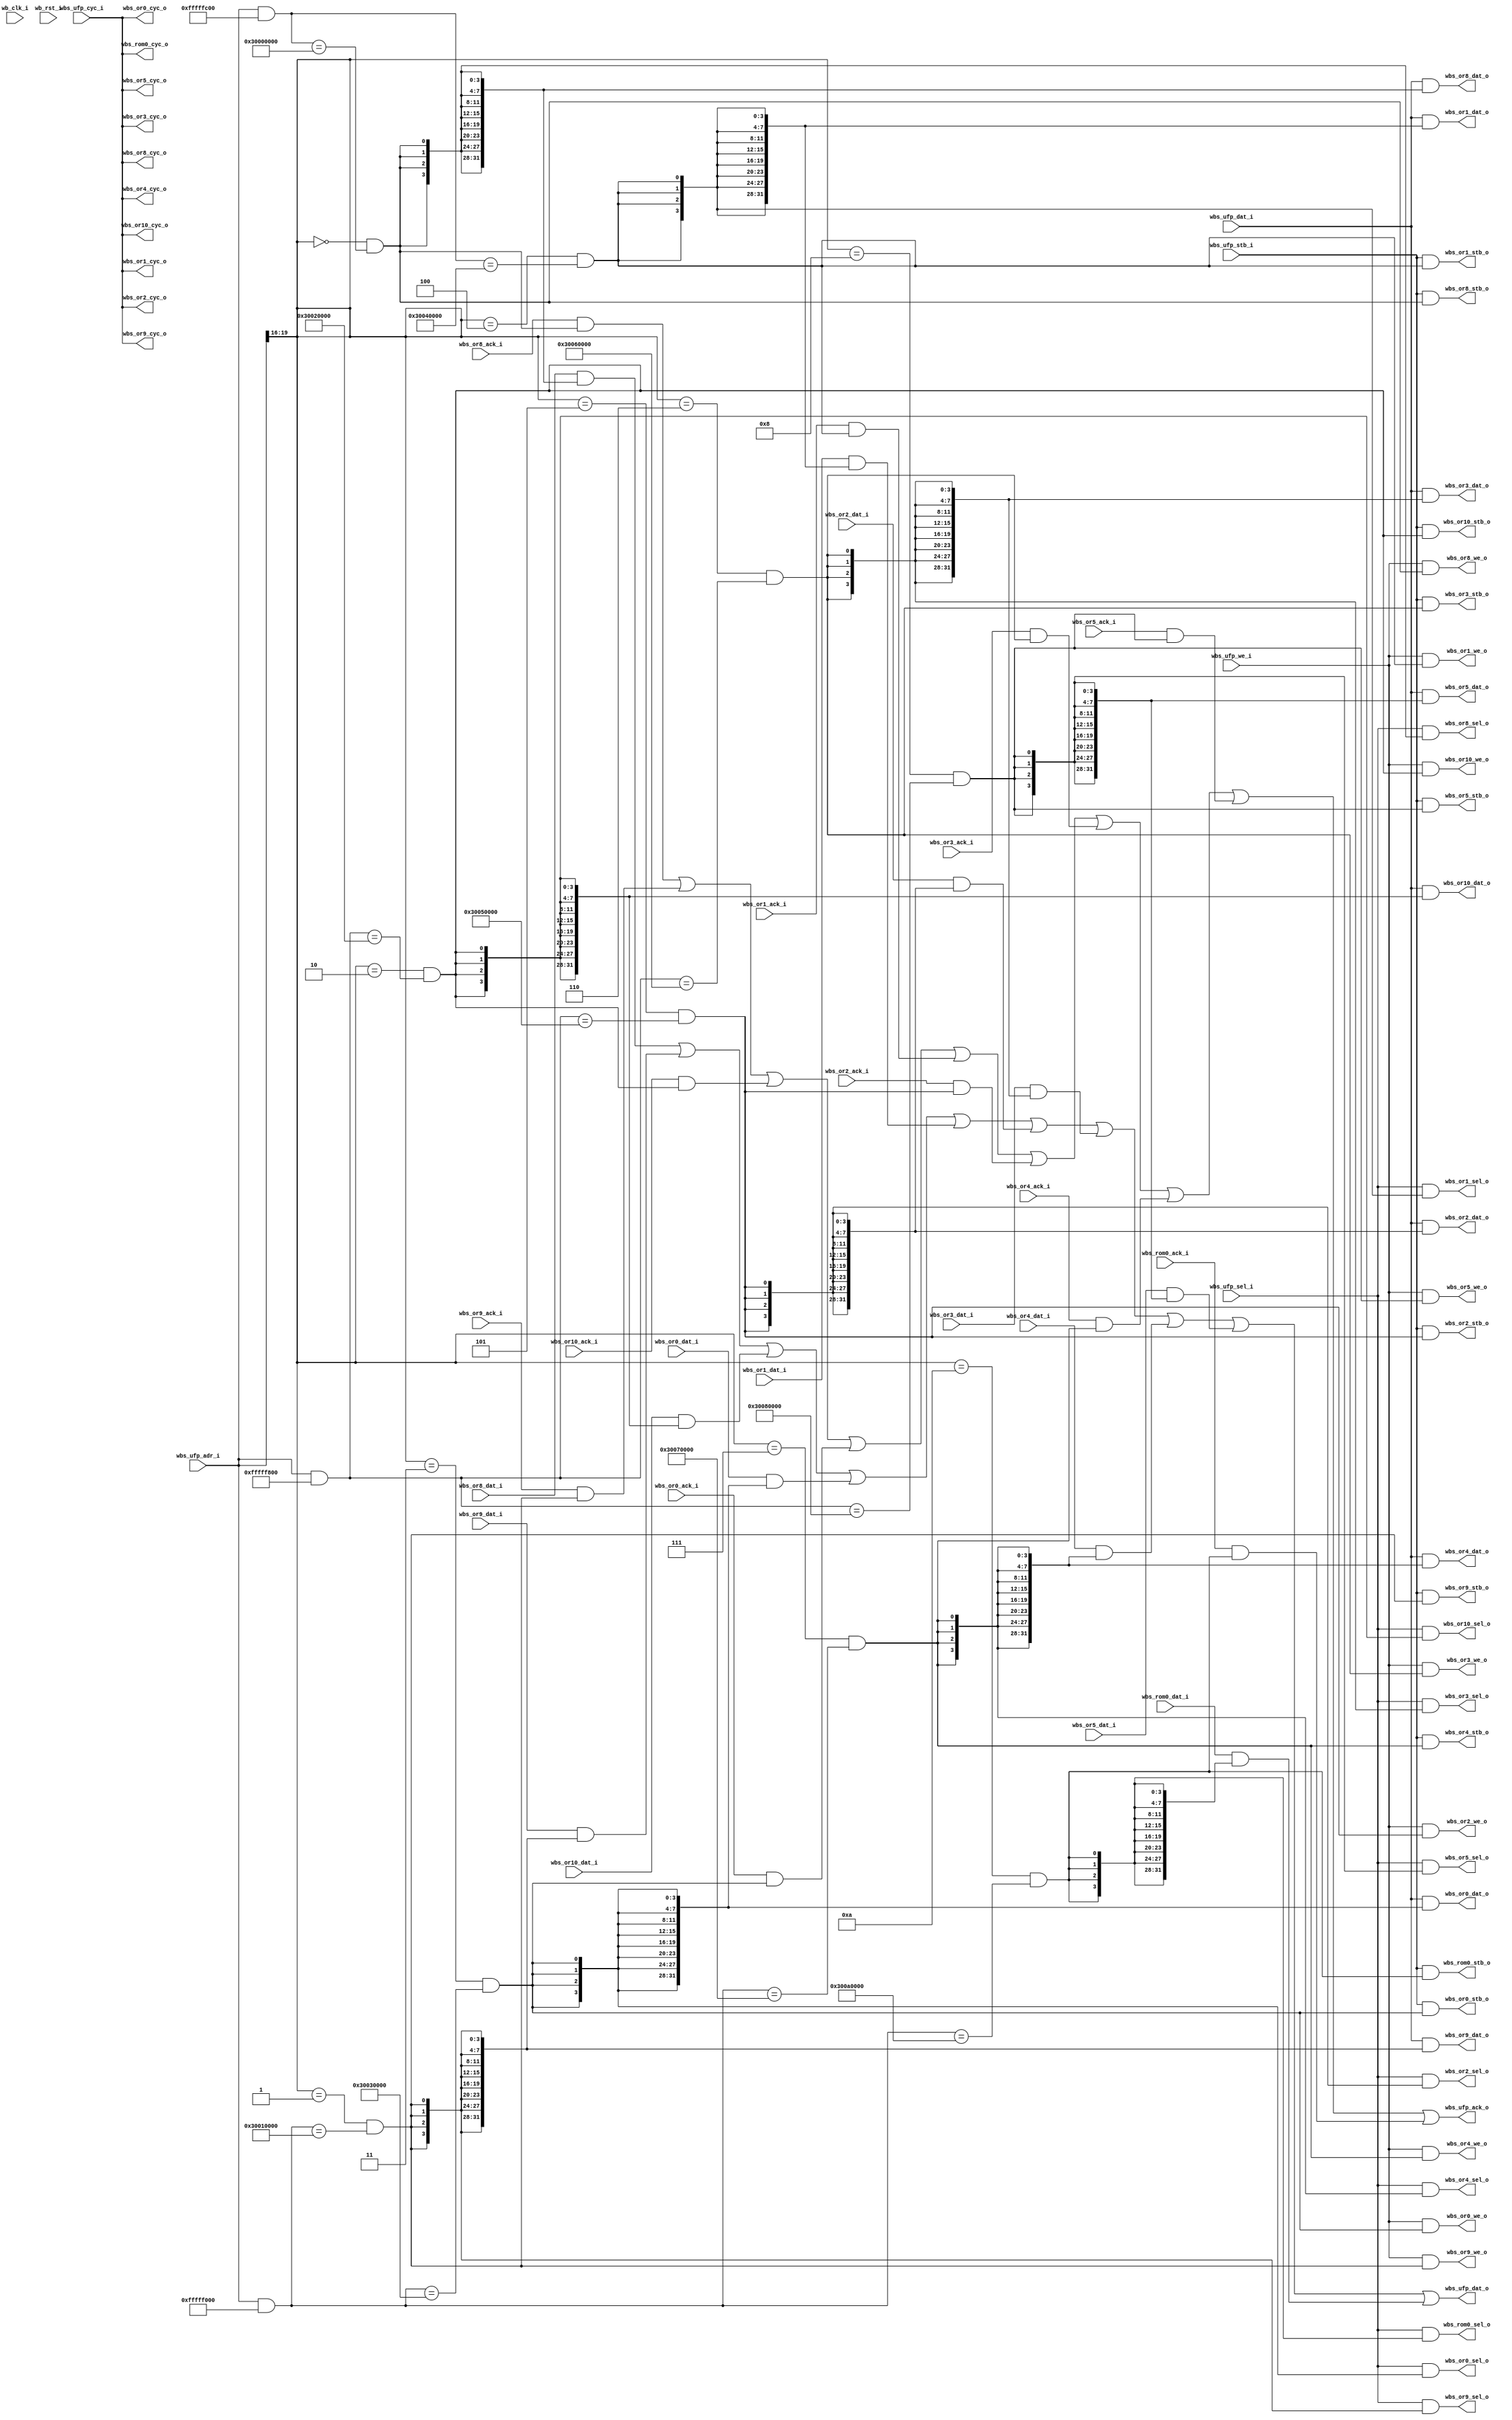
`default_nettype none

module wishbone_ram_mux
(
`ifdef USE_POWER_PINS
    inout vccd1,	// User area 1 1.8V supply
    inout vssd1,	// User area 1 digital ground
`endif

    // Wishbone UFP (Upward Facing Port)
    input           wb_clk_i,
    input           wb_rst_i,
    input           wbs_ufp_stb_i,
    input           wbs_ufp_cyc_i,
    input           wbs_ufp_we_i,
    input   [3:0]   wbs_ufp_sel_i,
    input   [31:0]  wbs_ufp_dat_i,
    input   [31:0]  wbs_ufp_adr_i,
    output          wbs_ufp_ack_o,
    output  [31:0]  wbs_ufp_dat_o,


    // Wishbone OR (Downward Facing Port) - SRAM8
    output          wbs_or8_stb_o,
    output          wbs_or8_cyc_o,
    output          wbs_or8_we_o,
    output  [3:0]   wbs_or8_sel_o,
    input   [31:0]  wbs_or8_dat_i,
    input           wbs_or8_ack_i,
    output  [31:0]  wbs_or8_dat_o,


    // Wishbone OR (Downward Facing Port) - SRAM9
    output          wbs_or9_stb_o,
    output          wbs_or9_cyc_o,
    output          wbs_or9_we_o,
    output  [3:0]   wbs_or9_sel_o,
    input   [31:0]  wbs_or9_dat_i,
    input           wbs_or9_ack_i,
    output  [31:0]  wbs_or9_dat_o,


    // Wishbone OR (Downward Facing Port) - SRAM10
    output          wbs_or10_stb_o,
    output          wbs_or10_cyc_o,
    output          wbs_or10_we_o,
    output  [3:0]   wbs_or10_sel_o,
    input   [31:0]  wbs_or10_dat_i,
    input           wbs_or10_ack_i,
    output  [31:0]  wbs_or10_dat_o,


    // Wishbone OR (Downward Facing Port) - SRAM0
    output          wbs_or0_stb_o,
    output          wbs_or0_cyc_o,
    output          wbs_or0_we_o,
    output  [3:0]   wbs_or0_sel_o,
    input   [31:0]  wbs_or0_dat_i,
    input           wbs_or0_ack_i,
    output  [31:0]  wbs_or0_dat_o,


    // Wishbone OR (Downward Facing Port) - SRAM1
    output          wbs_or1_stb_o,
    output          wbs_or1_cyc_o,
    output          wbs_or1_we_o,
    output  [3:0]   wbs_or1_sel_o,
    input   [31:0]  wbs_or1_dat_i,
    input           wbs_or1_ack_i,
    output  [31:0]  wbs_or1_dat_o,

    // Wishbone OR (Downward Facing Port) - SRAM2
    output          wbs_or2_stb_o,
    output          wbs_or2_cyc_o,
    output          wbs_or2_we_o,
    output  [3:0]   wbs_or2_sel_o,
    input   [31:0]  wbs_or2_dat_i,
    input           wbs_or2_ack_i,
    output  [31:0]  wbs_or2_dat_o,
	
    // Wishbone OR (Downward Facing Port) - SRAM3
    output          wbs_or3_stb_o,
    output          wbs_or3_cyc_o,
    output          wbs_or3_we_o,
    output  [3:0]   wbs_or3_sel_o,
    input   [31:0]  wbs_or3_dat_i,
    input           wbs_or3_ack_i,
    output  [31:0]  wbs_or3_dat_o,
	
    // Wishbone OR (Downward Facing Port) - SRAM4
    output          wbs_or4_stb_o,
    output          wbs_or4_cyc_o,
    output          wbs_or4_we_o,
    output  [3:0]   wbs_or4_sel_o,
    input   [31:0]  wbs_or4_dat_i,
    input           wbs_or4_ack_i,
    output  [31:0]  wbs_or4_dat_o,
	
    // Wishbone OR (Downward Facing Port) - SRAM5
    output          wbs_or5_stb_o,
    output          wbs_or5_cyc_o,
    output          wbs_or5_we_o,
    output  [3:0]   wbs_or5_sel_o,
    input   [31:0]  wbs_or5_dat_i,
    input           wbs_or5_ack_i,
    output  [31:0]  wbs_or5_dat_o,
	
    // Wishbone OR (Downward Facing Port) - SRAM6
    /* output          wbs_or6_stb_o, */
    /* output          wbs_or6_cyc_o, */
    /* output          wbs_or6_we_o, */
    /* output  [3:0]   wbs_or6_sel_o, */
    /* input   [31:0]  wbs_or6_dat_i, */
    /* input           wbs_or6_ack_i, */
    /* output  [31:0]  wbs_or6_dat_o, */
    
    // Wishbone OR (Downward Facing Port) - ROM0 
    output          wbs_rom0_stb_o,
    output          wbs_rom0_cyc_o,
    output  [3:0]   wbs_rom0_sel_o,
    input   [31:0]  wbs_rom0_dat_i,
    input           wbs_rom0_ack_i
);

parameter SRAM8_BASE_ADDR = 32'h3000_0000;
parameter SRAM8_MASK = 32'hffff_fc00;

parameter SRAM9_BASE_ADDR = 32'h3001_0000;
parameter SRAM9_MASK = 32'hffff_f000;

parameter SRAM10_BASE_ADDR = 32'h3002_0000;
parameter SRAM10_MASK = 32'hffff_f800;

parameter SRAM0_BASE_ADDR = 32'h3003_0000;
parameter SRAM0_MASK = 32'hffff_f000;		

parameter SRAM1_BASE_ADDR = 32'h3004_0000;
parameter SRAM1_MASK = 32'hffff_fc00;

parameter SRAM2_BASE_ADDR = 32'h3005_0000;
parameter SRAM2_MASK = 32'hffff_f800;

parameter SRAM3_BASE_ADDR = 32'h3006_0000;
parameter SRAM3_MASK = 32'hffff_f800;

parameter SRAM4_BASE_ADDR = 32'h3007_0000;
parameter SRAM4_MASK = 32'hffff_f000;

parameter SRAM5_BASE_ADDR = 32'h3008_0000;
parameter SRAM5_MASK = 32'hffff_f800;

parameter SRAM6_BASE_ADDR = 32'h3009_0000;
parameter SRAM6_MASK = 32'hffff_f000;

parameter ROM0_BASE_ADDR = 32'h300a_0000;
parameter ROM0_MASK = 32'hffff_f000;

parameter SRAM8_INDEX = 4'b0000;
parameter SRAM9_INDEX = 4'b0001;
parameter SRAM10_INDEX = 4'b0010;
parameter SRAM0_INDEX = 4'b0011;
parameter SRAM1_INDEX = 4'b0100;
parameter SRAM2_INDEX = 4'b0101;
parameter SRAM3_INDEX = 4'b0110;
parameter SRAM4_INDEX = 4'b0111;
parameter SRAM5_INDEX = 4'b1000;
parameter SRAM6_INDEX = 4'b1001;
parameter ROM0_INDEX = 4'b1010;

wire sram8_addr;
wire sram8_index;
wire sram8_select;

wire sram9_addr;
wire sram9_index;
wire sram9_select;

wire sram10_addr;
wire sram10_index;
wire sram10_select;

wire sram0_addr;
wire sram0_index;
wire sram0_select;

wire sram1_addr;
wire sram1_index;
wire sram1_select;

wire sram2_addr;
wire sram2_index;
wire sram2_select;

wire sram3_addr;
wire sram3_index;
wire sram3_select;

wire sram4_addr;
wire sram4_index;
wire sram4_select;

wire sram5_addr;
wire sram5_index;
wire sram5_select;

wire sram6_addr;
wire sram6_index;
wire sram6_select;

wire rom0_addr;
wire rom0_index;
wire rom0_select;

wire [3:0] sram_index_bits;
assign sram_index_bits = wbs_ufp_adr_i[19:16];

// assign sram8_select = (((wbs_ufp_adr_i & SRAM8_MASK) == SRAM8_BASE_ADDR) && sram_index_bits == 4'b0000);
assign sram8_addr = (wbs_ufp_adr_i & SRAM8_MASK) == SRAM8_BASE_ADDR;
assign sram8_index = sram_index_bits == SRAM8_INDEX;
assign sram8_select = sram8_index & sram8_addr;

//assign sram9_select = (((wbs_ufp_adr_i & SRAM9_MASK) == SRAM9_BASE_ADDR) && sram_index_bits == 4'b0001) ;
assign sram9_addr = (wbs_ufp_adr_i & SRAM9_MASK) == SRAM9_BASE_ADDR;
assign sram9_index = sram_index_bits == SRAM9_INDEX;
assign sram9_select = sram9_index & sram9_addr;

//assign sram10_select = (((wbs_ufp_adr_i & SRAM10_MASK) == SRAM10_BASE_ADDR) && sram_index_bits == 4'b0010);
assign sram10_addr = (wbs_ufp_adr_i & SRAM10_MASK) == SRAM10_BASE_ADDR;
assign sram10_index = sram_index_bits == SRAM10_INDEX;
assign sram10_select = sram10_index & sram10_addr;

//assign sram0_select = (((wbs_ufp_adr_i & SRAM0_MASK) == SRAM0_BASE_ADDR) && sram_index_bits == 4'b0011);
assign sram0_addr = (wbs_ufp_adr_i & SRAM0_MASK) == SRAM0_BASE_ADDR;
assign sram0_index = sram_index_bits == SRAM0_INDEX;
assign sram0_select = sram0_index & sram0_addr;

//assign sram1_select = (((wbs_ufp_adr_i & SRAM1_MASK) == SRAM1_BASE_ADDR) && sram_index_bits == 4'b0100);
assign sram1_addr = (wbs_ufp_adr_i & SRAM1_MASK) == SRAM1_BASE_ADDR;
assign sram1_index = sram_index_bits == SRAM1_INDEX;
assign sram1_select = sram1_index & sram1_addr;

//assign sram2_select = (((wbs_ufp_adr_i & SRAM2_MASK) == SRAM2_BASE_ADDR) && sram_index_bits == 4'b0101);
assign sram2_addr = (wbs_ufp_adr_i & SRAM2_MASK) == SRAM2_BASE_ADDR;
assign sram2_index = sram_index_bits == SRAM2_INDEX;
assign sram2_select = sram2_index & sram2_addr;

//assign sram3_select = (((wbs_ufp_adr_i & SRAM3_MASK) == SRAM3_BASE_ADDR) && sram_index_bits == 4'b0110);
assign sram3_addr = (wbs_ufp_adr_i & SRAM3_MASK) == SRAM3_BASE_ADDR;
assign sram3_index = sram_index_bits == SRAM3_INDEX;
assign sram3_select = sram3_index & sram3_addr;

//assign sram4_select = (((wbs_ufp_adr_i & SRAM4_MASK) == SRAM4_BASE_ADDR) && sram_index_bits == 4'b0111);
assign sram4_addr = (wbs_ufp_adr_i & SRAM4_MASK) == SRAM4_BASE_ADDR;
assign sram4_index = sram_index_bits == SRAM4_INDEX;
assign sram4_select = sram4_index & sram4_addr;

//assign sram5_select = (((wbs_ufp_adr_i & SRAM5_MASK) == SRAM5_BASE_ADDR) && sram_index_bits == 4'b1000);
assign sram5_addr = (wbs_ufp_adr_i & SRAM5_MASK) == SRAM5_BASE_ADDR;
assign sram5_index = sram_index_bits == SRAM5_INDEX;
assign sram5_select = sram5_index & sram5_addr;

//assign sram6_select = (((wbs_ufp_adr_i & SRAM6_MASK) == SRAM6_BASE_ADDR) && sram_index_bits == 4'b1001);
assign sram6_addr = (wbs_ufp_adr_i & SRAM6_MASK) == SRAM6_BASE_ADDR;
assign sram6_index = sram_index_bits == SRAM6_INDEX;
assign sram6_select = sram6_index & sram6_addr;

//assign rom0_select = (((wbs_ufp_adr_i & ROM0_MASK) == ROM0_BASE_ADDR) && sram_index_bits == 4'b1010);
assign rom0_addr = (wbs_ufp_adr_i & ROM0_MASK) == ROM0_BASE_ADDR;
assign rom0_index = sram_index_bits == ROM0_INDEX;
assign rom0_select = rom0_index & rom0_addr;

// UFP -> SRAM 8
assign wbs_or8_stb_o = wbs_ufp_stb_i & sram8_select;
assign wbs_or8_cyc_o = wbs_ufp_cyc_i;
assign wbs_or8_we_o = wbs_ufp_we_i & sram8_select;
assign wbs_or8_sel_o = wbs_ufp_sel_i & {4{sram8_select}};
assign wbs_or8_dat_o = wbs_ufp_dat_i & {32{sram8_select}};

// UFP -> SRAM 9
assign wbs_or9_stb_o = wbs_ufp_stb_i & sram9_select;
assign wbs_or9_cyc_o = wbs_ufp_cyc_i;
assign wbs_or9_we_o = wbs_ufp_we_i & sram9_select;
assign wbs_or9_sel_o = wbs_ufp_sel_i & {4{sram9_select}};
assign wbs_or9_dat_o = wbs_ufp_dat_i & {32{sram9_select}};

// UFP -> SRAM 10
assign wbs_or10_stb_o = wbs_ufp_stb_i & sram10_select;
assign wbs_or10_cyc_o = wbs_ufp_cyc_i;
assign wbs_or10_we_o = wbs_ufp_we_i & sram10_select;
assign wbs_or10_sel_o = wbs_ufp_sel_i & {4{sram10_select}};
assign wbs_or10_dat_o = wbs_ufp_dat_i & {32{sram10_select}};

// UFP -> SRAM 0
assign wbs_or0_stb_o = wbs_ufp_stb_i & sram0_select;
assign wbs_or0_cyc_o = wbs_ufp_cyc_i;
assign wbs_or0_we_o = wbs_ufp_we_i & sram0_select;
assign wbs_or0_sel_o = wbs_ufp_sel_i & {4{sram0_select}};
assign wbs_or0_dat_o = wbs_ufp_dat_i & {32{sram0_select}};

// UFP -> SRAM 1
assign wbs_or1_stb_o = wbs_ufp_stb_i & sram1_select;
assign wbs_or1_cyc_o = wbs_ufp_cyc_i;
assign wbs_or1_we_o = wbs_ufp_we_i & sram1_select;
assign wbs_or1_sel_o = wbs_ufp_sel_i & {4{sram1_select}};
assign wbs_or1_dat_o = wbs_ufp_dat_i & {32{sram1_select}};

// UFP -> SRAM 2
assign wbs_or2_stb_o = wbs_ufp_stb_i & sram2_select;
assign wbs_or2_cyc_o = wbs_ufp_cyc_i;
assign wbs_or2_we_o = wbs_ufp_we_i & sram2_select;
assign wbs_or2_sel_o = wbs_ufp_sel_i & {4{sram2_select}};
assign wbs_or2_dat_o = wbs_ufp_dat_i & {32{sram2_select}};

// UFP -> SRAM 3
assign wbs_or3_stb_o = wbs_ufp_stb_i & sram3_select;
assign wbs_or3_cyc_o = wbs_ufp_cyc_i;
assign wbs_or3_we_o = wbs_ufp_we_i & sram3_select;
assign wbs_or3_sel_o = wbs_ufp_sel_i & {4{sram3_select}};
assign wbs_or3_dat_o = wbs_ufp_dat_i & {32{sram3_select}};

// UFP -> SRAM 4
assign wbs_or4_stb_o = wbs_ufp_stb_i & sram4_select;
assign wbs_or4_cyc_o = wbs_ufp_cyc_i;
assign wbs_or4_we_o = wbs_ufp_we_i & sram4_select;
assign wbs_or4_sel_o = wbs_ufp_sel_i & {4{sram4_select}};
assign wbs_or4_dat_o = wbs_ufp_dat_i & {32{sram4_select}};

// UFP -> SRAM 5
assign wbs_or5_stb_o = wbs_ufp_stb_i & sram5_select;
assign wbs_or5_cyc_o = wbs_ufp_cyc_i;
assign wbs_or5_we_o = wbs_ufp_we_i & sram5_select;
assign wbs_or5_sel_o = wbs_ufp_sel_i & {4{sram5_select}};
assign wbs_or5_dat_o = wbs_ufp_dat_i & {32{sram5_select}};

// UFP -> SRAM 6
/* assign wbs_or6_stb_o = wbs_ufp_stb_i & sram6_select; */
/* assign wbs_or6_cyc_o = wbs_ufp_cyc_i; */
/* assign wbs_or6_we_o = wbs_ufp_we_i & sram6_select; */
/* assign wbs_or6_sel_o = wbs_ufp_sel_i & {4{sram6_select}}; */
/* assign wbs_or6_dat_o = wbs_ufp_dat_i & {32{sram6_select}}; */


// UFP -> ROM 0
assign wbs_rom0_stb_o = wbs_ufp_stb_i & rom0_select;
assign wbs_rom0_cyc_o = wbs_ufp_cyc_i;
assign wbs_rom0_sel_o = wbs_ufp_sel_i & {4{rom0_select}};

assign wbs_ufp_ack_o = (wbs_or8_ack_i & sram8_select) | (wbs_or9_ack_i & sram9_select) | (wbs_or10_ack_i & sram10_select) | (wbs_or0_ack_i & sram0_select) | (wbs_or1_ack_i & sram1_select) | (wbs_or2_ack_i & sram2_select) | (wbs_or3_ack_i & sram3_select) | (wbs_or4_ack_i & sram4_select) | (wbs_or5_ack_i & sram5_select) | (wbs_rom0_ack_i & rom0_select);

assign wbs_ufp_dat_o = (wbs_or8_dat_i & {32{sram8_select}}) | (wbs_or9_dat_i & {32{sram9_select}}) | (wbs_or10_dat_i & {32{sram10_select}}) | (wbs_or0_dat_i & {32{sram0_select}}) | (wbs_or1_dat_i & {32{sram1_select}}) | (wbs_or2_dat_i & {32{sram2_select}}) | (wbs_or3_dat_i & {32{sram3_select}}) | (wbs_or4_dat_i & {32{sram4_select}}) | (wbs_or5_dat_i & {32{sram5_select}}) | (wbs_rom0_dat_i & {32{rom0_select}});

endmodule

`default_nettype wire